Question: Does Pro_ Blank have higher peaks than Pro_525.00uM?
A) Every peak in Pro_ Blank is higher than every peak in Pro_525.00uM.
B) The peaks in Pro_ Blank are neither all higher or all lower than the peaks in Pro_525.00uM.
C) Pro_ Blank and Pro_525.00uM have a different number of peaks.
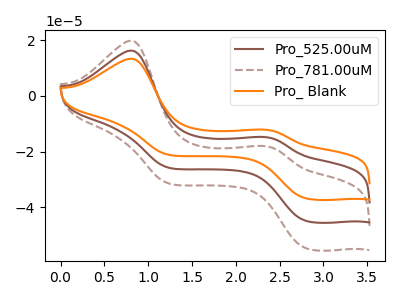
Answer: <think>The brown curve "Pro_525.00uM" has anodic peaks at (0.80V, 16.25uA) (2.35V, -14.80uA) and cathodic peaks at (2.80V, -44.90uA) (1.25V, -25.75uA). The brown dashed curve "Pro_781.00uM" has anodic peaks at (0.80V, 32.50uA) (2.35V, -29.60uA) and cathodic peaks at (2.80V, -89.80uA) (1.25V, -51.55uA). The orange curve "Pro_ Blank" has anodic peaks at (0.80V, 13.30uA) (2.35V, -12.15uA) and cathodic peaks at (2.80V, -36.85uA) (1.25V, -21.15uA).</think>
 <answer>B) The peaks in "Pro_ Blank" are neither all higher or all lower than the peaks in "Pro_525.00uM".</answer>
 <eval>B</eval>